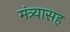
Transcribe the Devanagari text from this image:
मंत्र्यासह